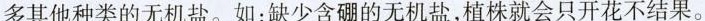
多其他种类的无机盐。如：缺少含硼的无机盐，植株就会只开花不结果。